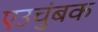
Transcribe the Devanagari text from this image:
एउचुंबक